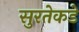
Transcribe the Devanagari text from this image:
सुरतेकडे